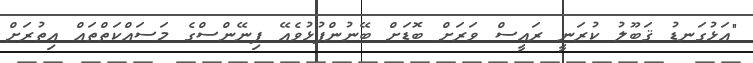
"އަޅުގަނޑު ޤަބޫލު ކުރަނީ ރައީސް ވަރަށް ބޮޑަށް ބޭނުންފުޅުވެއޭ ފިނޭންސްގެ މަސައްކަތްތައް އިތުރަށް